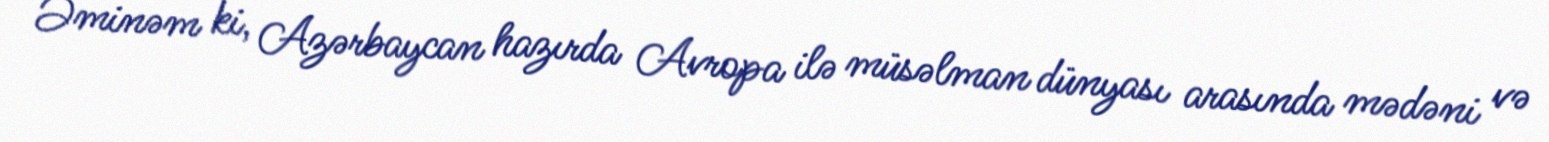
Əminəm ki, Azərbaycan hazırda Avropa ilə müsəlman dünyası arasında mədəni və